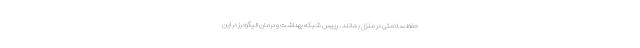
حفظ سلامتی در منزل بمانند . رییس شبکه بهداشت و درمان الیگودرز در این